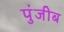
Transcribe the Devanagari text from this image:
पुंजीब